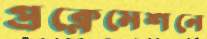
প্রক্লেমেশনে